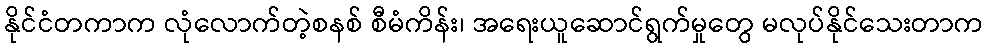
နိုင်ငံတကာက လုံလောက်တဲ့စနစ် စီမံကိန်း၊ အရေးယူဆောင်ရွက်မှုတွေ မလုပ်နိုင်သေးတာက